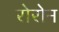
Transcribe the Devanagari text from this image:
रोरोन